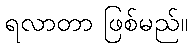
ရလာတာ ဖြစ်မည်။